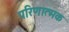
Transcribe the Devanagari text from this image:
परिणात्मक